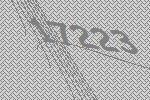
17223